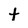
Character: t